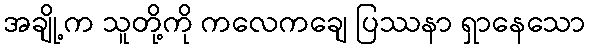
အချို့က သူတို့ကို ကလေကချေ ပြဿနာ ရှာနေသော